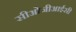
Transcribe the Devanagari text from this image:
सीओजीआईसी